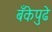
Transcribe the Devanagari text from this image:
बँकेपुढे